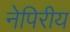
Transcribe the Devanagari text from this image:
नेपिरीय